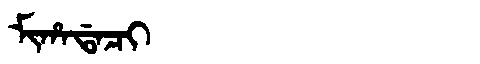
Manchu: ᠮᡳᡥᠠᡩᠠᠴᡳ
Romanization: MIHADACI